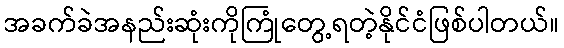
အခက်ခဲအနည်းဆုံးကိုကြုံတွေ့ရတဲ့နိုင်ငံဖြစ်ပါတယ်။